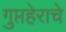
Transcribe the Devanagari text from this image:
गुप्तहेराचे